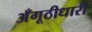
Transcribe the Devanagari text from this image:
अँगूठीधारी